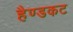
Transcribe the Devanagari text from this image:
हैण्डकट